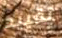
تقييد